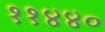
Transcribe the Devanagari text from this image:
११४४०